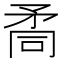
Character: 𥍩